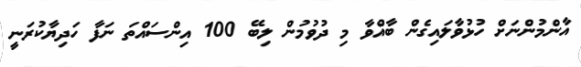
އާންމުންނަށް ހުޅުވާލައިގެން ބާއްވާ މި ދުވުމުން ލިބޭ 100 އިންސައްތަ ނަފާ ހަދިޔާކުރަނީ